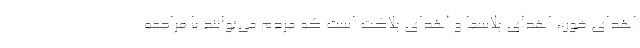
اهدای خون، اهدای پلاسما و اهدای پلاکت است که مردم می‌توانند با مراجعه